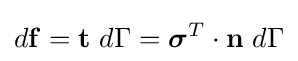
d\mathbf {f} =\mathbf {t} ~d\Gamma ={\boldsymbol {\sigma }}^{T}\cdot \mathbf {n} ~d\Gamma